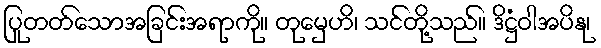
ပြုတတ်သောအခြင်းအရာကို။ တုမှေဟိ၊ သင်တို့သည်။ ဒိဋ္ဌံဝါအပိနု၊